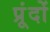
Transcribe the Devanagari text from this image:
प्रूंदों